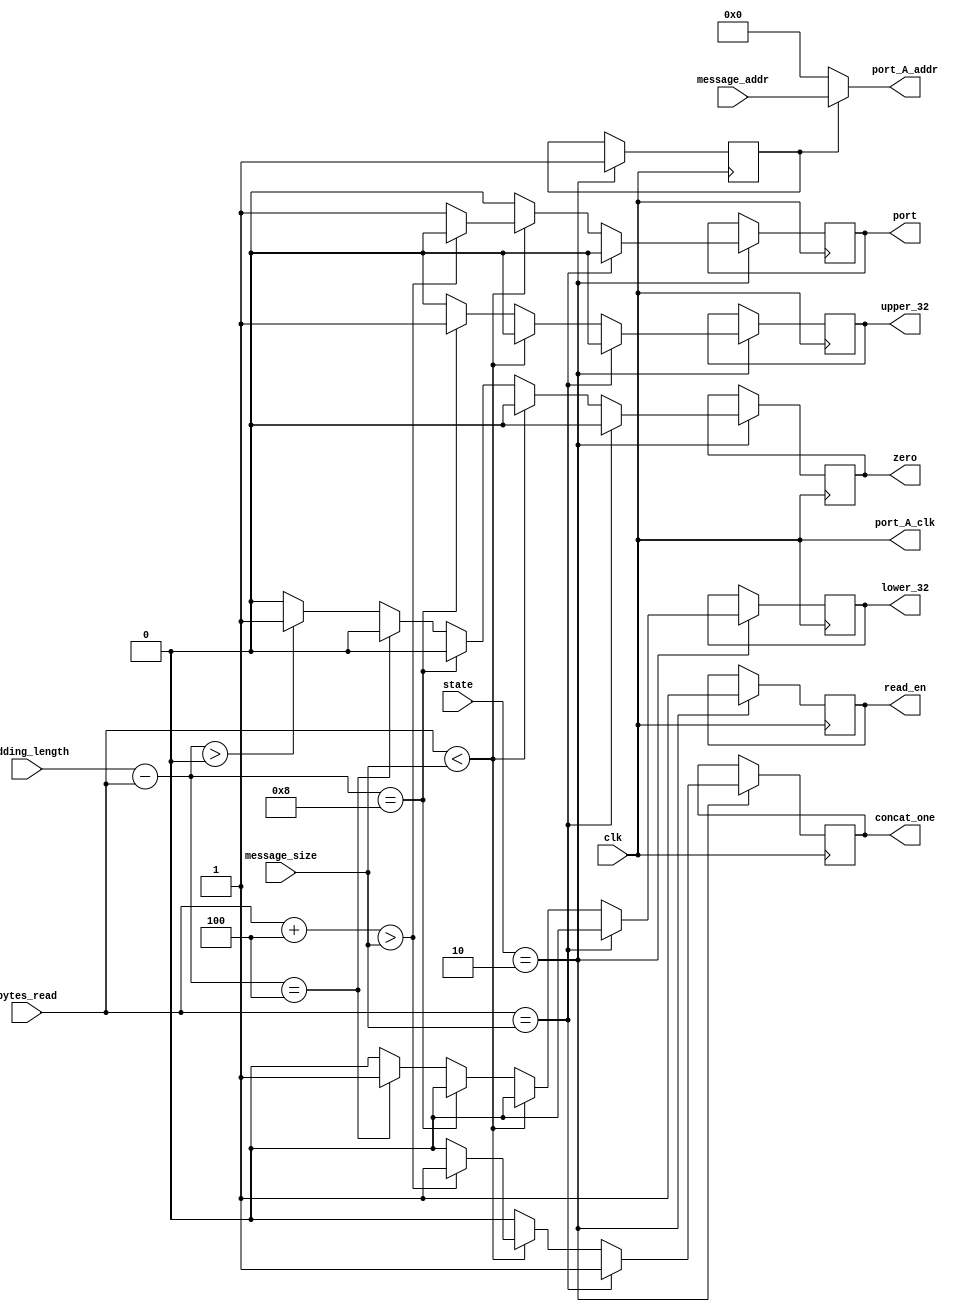
module SHA1_construct_packet(
					clk,
					state,
					bytes_read,
					message_size,
					port_A_clk,
					padding_length,
					message_addr,
					port_A_addr,
					port,
					zero,
					upper_32,
					lower_32,
					concat_one,
					read_en
);

input clk;
input [1:0] state;
input [31:0] bytes_read;
input [31:0] message_size;
input [31:0] padding_length;
input [15:0] message_addr;

output port_A_clk;
output [15:0] port_A_addr;
output port;
output zero;
output upper_32;
output lower_32;
output concat_one;
output read_en;

reg p;
reg z;
reg u;
reg l;
reg c;
reg read;
reg init = 0;

assign port_A_clk = clk;
assign port_A_addr = (init) ? message_addr : 0;
assign port = p;
assign zero = z;
assign upper_32 = u;
assign lower_32 = l;
assign concat_one = c;
assign read_en = read;

always @(posedge clk)begin
	if(state == 2'b10)begin
		read <= 1;
		init <= 1;
		if(bytes_read == message_size)begin
			c <= 1;
			p <= 0;
			z <= 0;
			u <= 0;
			l <= 0;
		end
		
		else if(bytes_read < message_size)begin
			if(bytes_read + 4 > message_size)begin
				c <= 1;
				p <= 0;
				z <= 0;
				u <= 0;
				l <= 0;
			end
			
			else begin
				c <= 0;
				p <= 1;
				z <= 0;
				u <= 0;
				l <= 0;
			end	
		end
		
		else begin
			if(padding_length - bytes_read == 8)begin
				c <= 0;
				p <= 0;
				z <= 0;
				u <= 1;
				l <= 0;
			end
			
			else if(padding_length - bytes_read == 4)begin
				c <= 0;
				p <= 0;
				z <= 0;
				u <= 0;
				l <= 1;
			end
			
			else if(padding_length - bytes_read > 0)begin
				c <= 0;
				p <= 0;
				z <= 1;
				u <= 0;
				l <= 0;
			end
			
			else begin
				c <= 0;
				p <= 0;
				z <= 0;
				u <= 0;
				l <= 0;
			end
		end
	end
	
	else begin
	
	end

end
endmodule